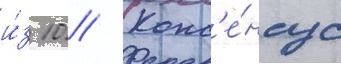
и́з 10 // Конс'е́нсус